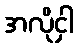
အလိုငှါ